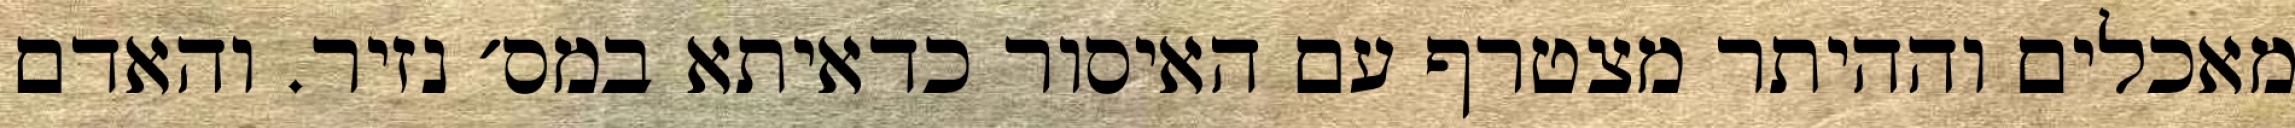
מאכלים וההיתר מצטרף עם האיסור כדאיתא במס׳ נזיר. והאדם